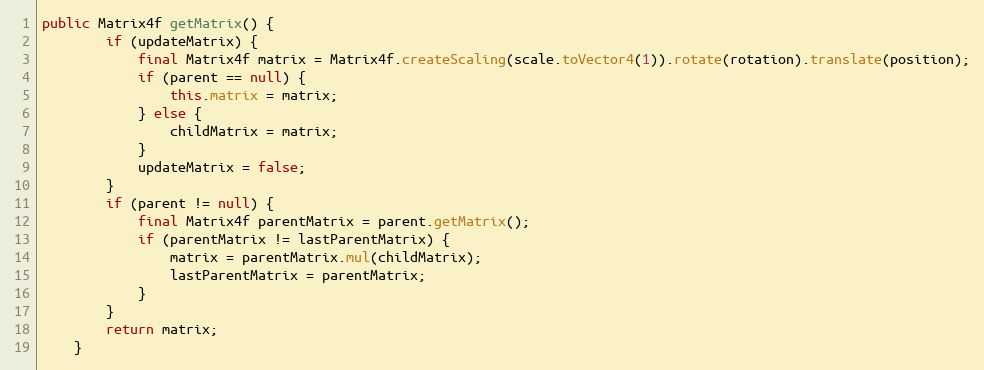
Language: Java
public Matrix4f getMatrix() {
        if (updateMatrix) {
            final Matrix4f matrix = Matrix4f.createScaling(scale.toVector4(1)).rotate(rotation).translate(position);
            if (parent == null) {
                this.matrix = matrix;
            } else {
                childMatrix = matrix;
            }
            updateMatrix = false;
        }
        if (parent != null) {
            final Matrix4f parentMatrix = parent.getMatrix();
            if (parentMatrix != lastParentMatrix) {
                matrix = parentMatrix.mul(childMatrix);
                lastParentMatrix = parentMatrix;
            }
        }
        return matrix;
    }